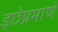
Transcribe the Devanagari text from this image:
इछेप्रमाणे